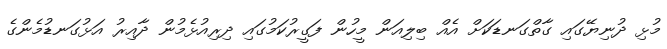
މުޅި ދުނިޔޭގައި ގާތްގަނޑަކަށް އެއް ބިލިއަން މީހުން ފަގީރުކަމުގައި ދިރިއުޅެމުން ދާއިރު އަޅުގަނޑުމެންގެ